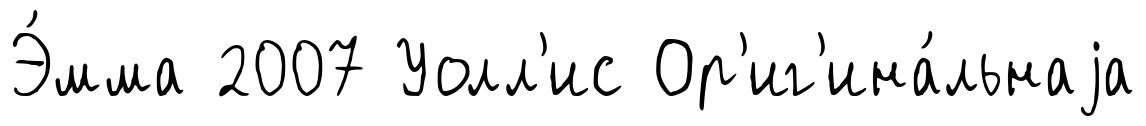
Э́мма 2007 Уолл'ис Ор'иг'ина́льнаjа